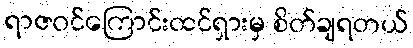
ရာဇဝင်ကြောင်းထင်ရှားမှ စိတ်ချရတယ်